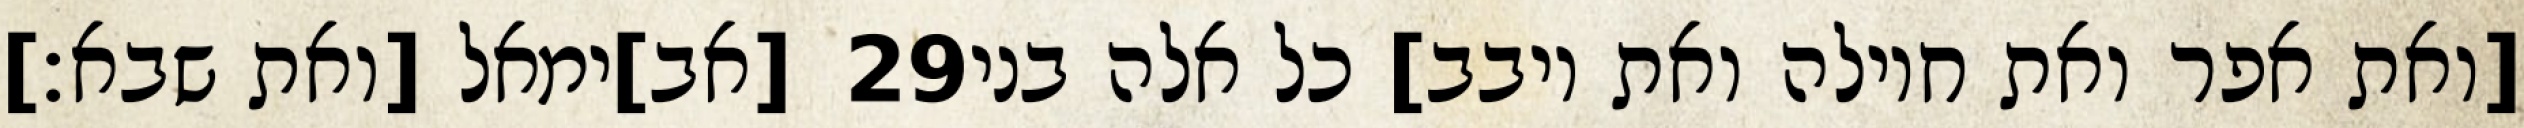
[אב]ימאל [ואת שבא׃] ‎29‏ [ואת אפר ואת חוילה ואת יובב] כל אלה בני